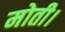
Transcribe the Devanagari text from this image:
मोती।